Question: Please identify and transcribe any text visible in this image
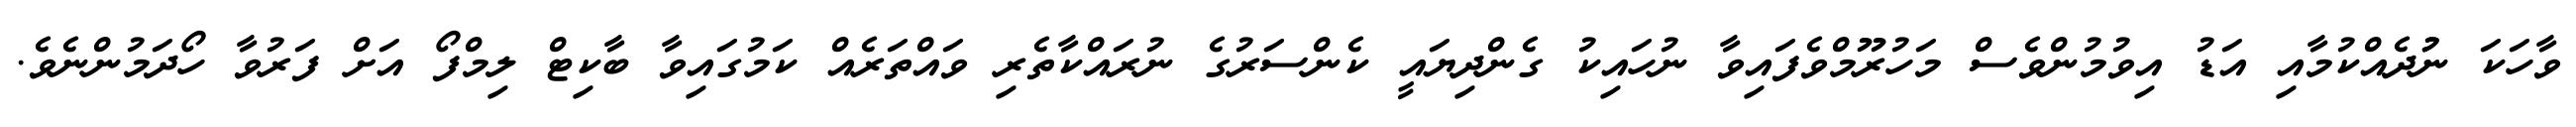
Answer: ވާހަކަ ނުުދެއްކުމާއި އަޑު އިވުމުންވެސް މަހުރޫމްވެފައިވާ ނުހައިކު ގެންދިޔައީ ކެންސަރުގެ ނުރައްކާތެރި ވައްތަރެއް ކަމުގައިވާ ބާކިޓް ލިމްފޯ އަށް ފަރުވާ ހޯދަމުންނެވެ.